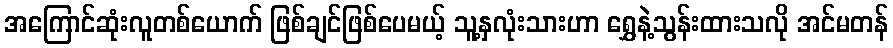
အကြောင်ဆုံးလူတစ်ယောက် ဖြစ်ချင်ဖြစ်ပေမယ့် သူ့နှလုံးသားဟာ ရွှေနဲ့သွန်းထားသလို အင်မတန်